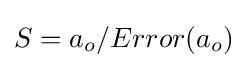
S=a_{o}/Error(a_{o})